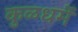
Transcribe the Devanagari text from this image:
कुळधर्में